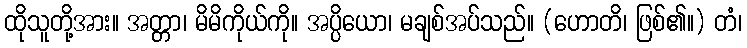
ထိုသူတို့အား။ အတ္တာ၊ မိမိကိုယ်ကို။ အပ္ပိယော၊ မချစ်အပ်သည်။ (ဟောတိ၊ ဖြစ်၏။) တံ၊